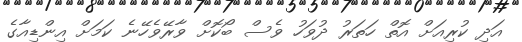
އަދި ކުރިއަށް އޮތް ހަތަރު ދުވަހު ވެސް ބޯކޮށް ވާރޭވެހޭނެ ކަމަށް އިންޑިއާގެ